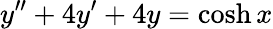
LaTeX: y^{\prime\prime}+4y^{\prime}+4y=\cosh x